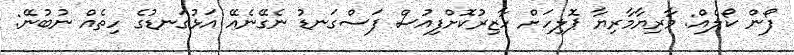
ފޯން ކޯލެއް: މާރިޔާމާރިޔާ ޕޮލިހަށް ހާޒިރުކޮށްފިއުސް ފަސްގަނޑު ނެގޭނެއޭ އަޅުގަނޑުގެ ހިތެއް ނުބުނޭ: